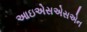
આઇએસએસએન